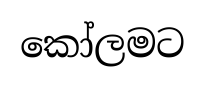
කෝලමට